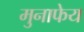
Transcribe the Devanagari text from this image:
मुनाफेय